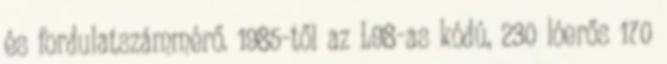
és fordulatszámmérő. 1985-től az L98-as kódú, 230 lóerős 170